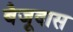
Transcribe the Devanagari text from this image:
बैजूदास